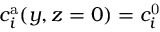
c _ { i } ^ { \mathrm { a } } ( y , z = 0 ) = c _ { i } ^ { \mathrm { 0 } }